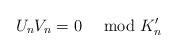
LaTeX: \begin{align*}U_n V_n= 0 \ \mod K'_n\end{align*}